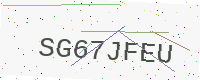
Text: SG67JFEU